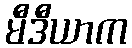
မီဒီယာက